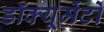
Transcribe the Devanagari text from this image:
डॉक्यूमेंटों